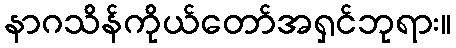
နာဂသိန်ကိုယ်တော်အရှင်ဘုရား။